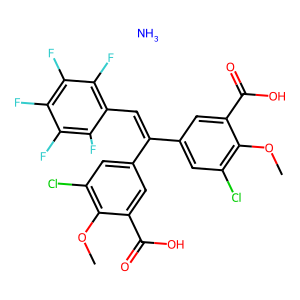
SMILES: COc1c(Cl)cc(C(=Cc2c(F)c(F)c(F)c(F)c2F)c2cc(Cl)c(OC)c(C(=O)O)c2)cc1C(=O)O.N
Inhibits HIV replication: Yes